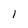
Character: 1